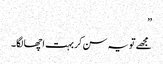
”
مجھے تو یہ سن کر بہت اچھا لگا۔